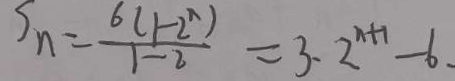
S _ { n } = \frac { 6 ( 1 - 2 ^ { n } ) } { 1 - 2 } = 3 \cdot 2 ^ { n + 1 } - 6 、